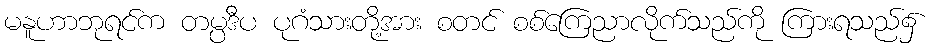
မနူဟာဘုရင်က တမ္ပဒီပ ပုဂံသားတို့အား စတင် စစ်ကြေညာလိုက်သည်ကို ကြားရသည်၌